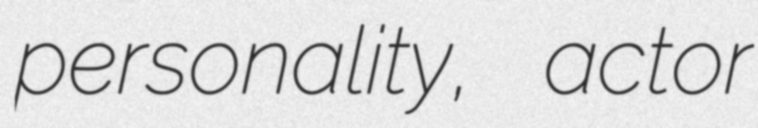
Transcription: personality, actor